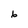
Character: 6